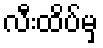
လီးထိပ်မှ